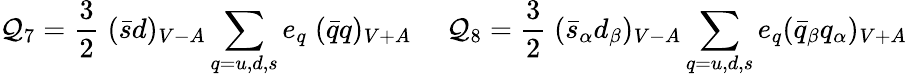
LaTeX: \mathcal{Q}_{7}={\frac{{3}}{{2}}}\; (\bar{{s}}d)_{V-A}\sum_{q=u,d,s}e_{q}\; (\bar{{q}}q)_{V+A}~~~~~\mathcal{Q}_{8}={\frac{{3}}{{2}}}\; (\bar{{s}}_{\alpha}d_{\beta})_{V-A}\sum_{q=u,d,s}e_{q}(\bar{{q}}_{\beta}q_{\alpha})_{V+A}